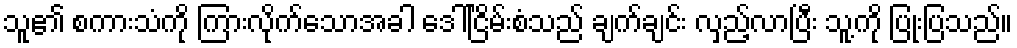
သူ၏ စကားသံကို ကြားလိုက်သောအခါ ဒေါ်ငြိမ်းစံသည် ချက်ချင်း လှည့်လာပြီး သူ့ကို ပြုံးပြသည်။